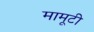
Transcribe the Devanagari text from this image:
मामूटी